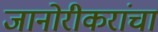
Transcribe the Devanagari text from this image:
जानोरीकरांचा